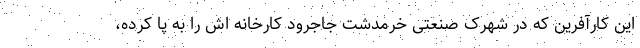
این کارآفرین که در شهرک صنعتی خرمدشت جاجرود کارخانه اش را به پا کرده،